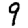
Digit: 9